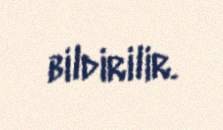
bildirilir.